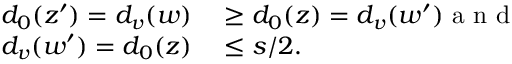
\begin{array} { r l } { d _ { 0 } ( z ^ { \prime } ) = d _ { v } ( w ) } & { { } \geq d _ { 0 } ( z ) = d _ { v } ( w ^ { \prime } ) \mathrm { ~ a ~ n ~ d ~ } } \\ { d _ { v } ( w ^ { \prime } ) = d _ { 0 } ( z ) } & { { } \leq s / 2 . } \end{array}